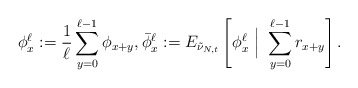
\begin{align*} \phi_x^\ell:=\frac1\ell\sum_{y=0}^{\ell-1} \phi_{x+y}, \bar\phi_x^\ell:=E_{\tilde\nu_{N,t}} \left[ \phi_x^\ell~\Big|~\sum_{y=0}^{\ell-1} r_{x+y} \right].\end{align*}